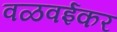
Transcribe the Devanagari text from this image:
वळवईकर